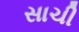
સાચી